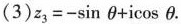
(3)$$z _ { 3 } = - \sin θ + i \cos θ$$.